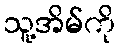
သူ့အိမ်ကို